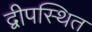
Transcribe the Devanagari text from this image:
द्वीपस्थित